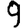
Digit: 9